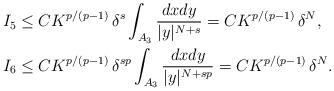
LaTeX: \begin{align*}I_5 &\le CK^{p/(p-1)}\, \delta^s \int_{A_3} \frac{dx dy}{|y|^{N+s}} = CK^{p/(p-1)}\, \delta^N, \\I_6 &\le CK^{p/(p-1)}\, \delta^{sp} \int_{A_3} \frac{dx dy}{|y|^{N+sp}} = CK^{p/(p-1)}\, \delta^N.\end{align*}